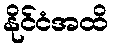
နိုင်ငံအထိ